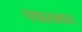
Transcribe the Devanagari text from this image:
पद्मासमान